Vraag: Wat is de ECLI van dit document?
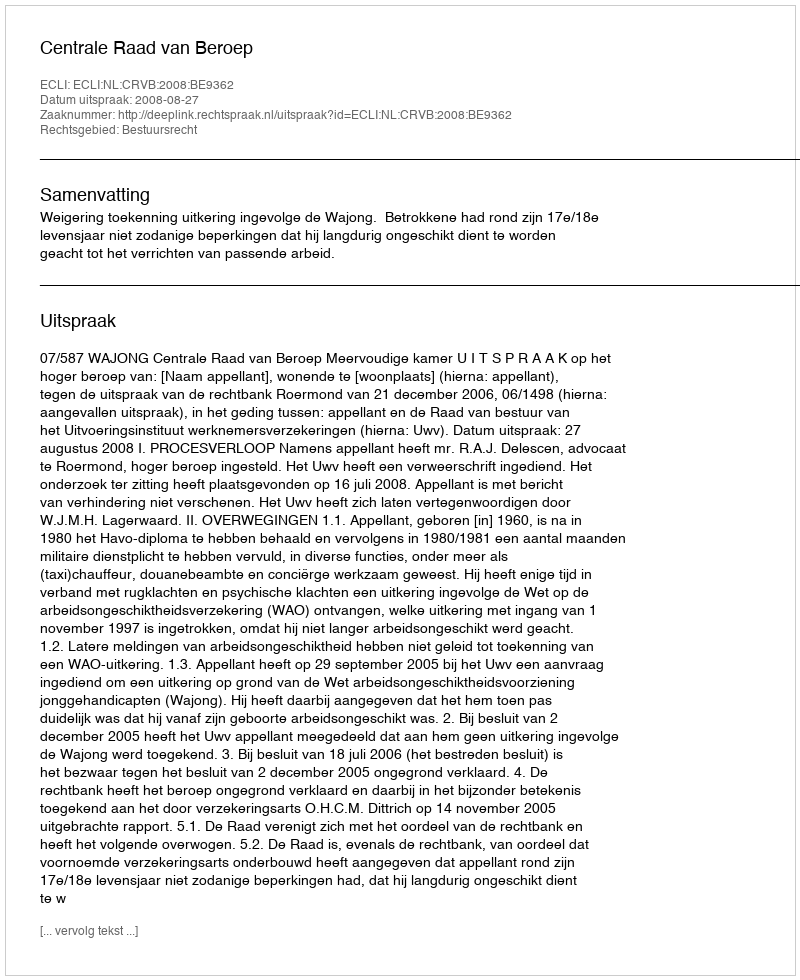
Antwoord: ECLI:NL:CRVB:2008:BE9362